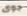
جوى